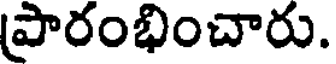
ప్రారంభించారు.